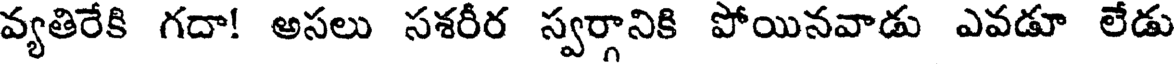
వ్యతిరేకి గదా! అసలు సశరీర స్వర్గానికి పోయినవాడు ఎవడూ లేడు